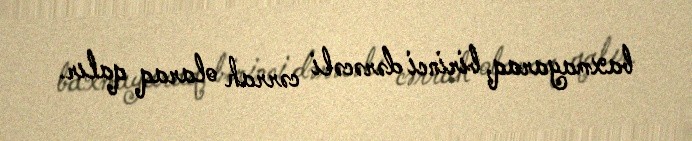
baxmayaraq, birinci dərəcəli cərrah olaraq qalır.